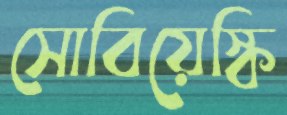
সোবিয়েস্কি